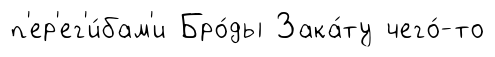
п'ер'ег'и́бам'и Бро́ды Зака́ту чего́-то